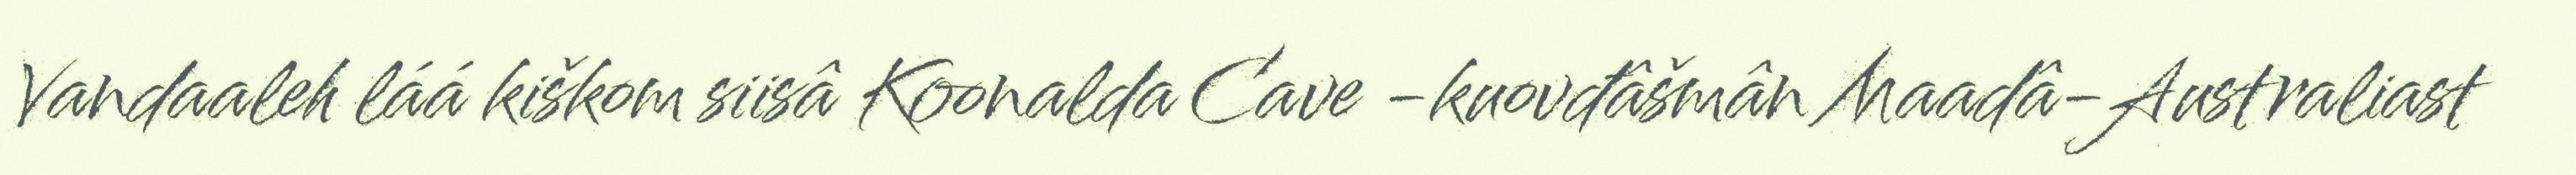
Vandaaleh láá kiškom siisâ Koonalda Cave -kuovđâšmân Maadâ-Australiast